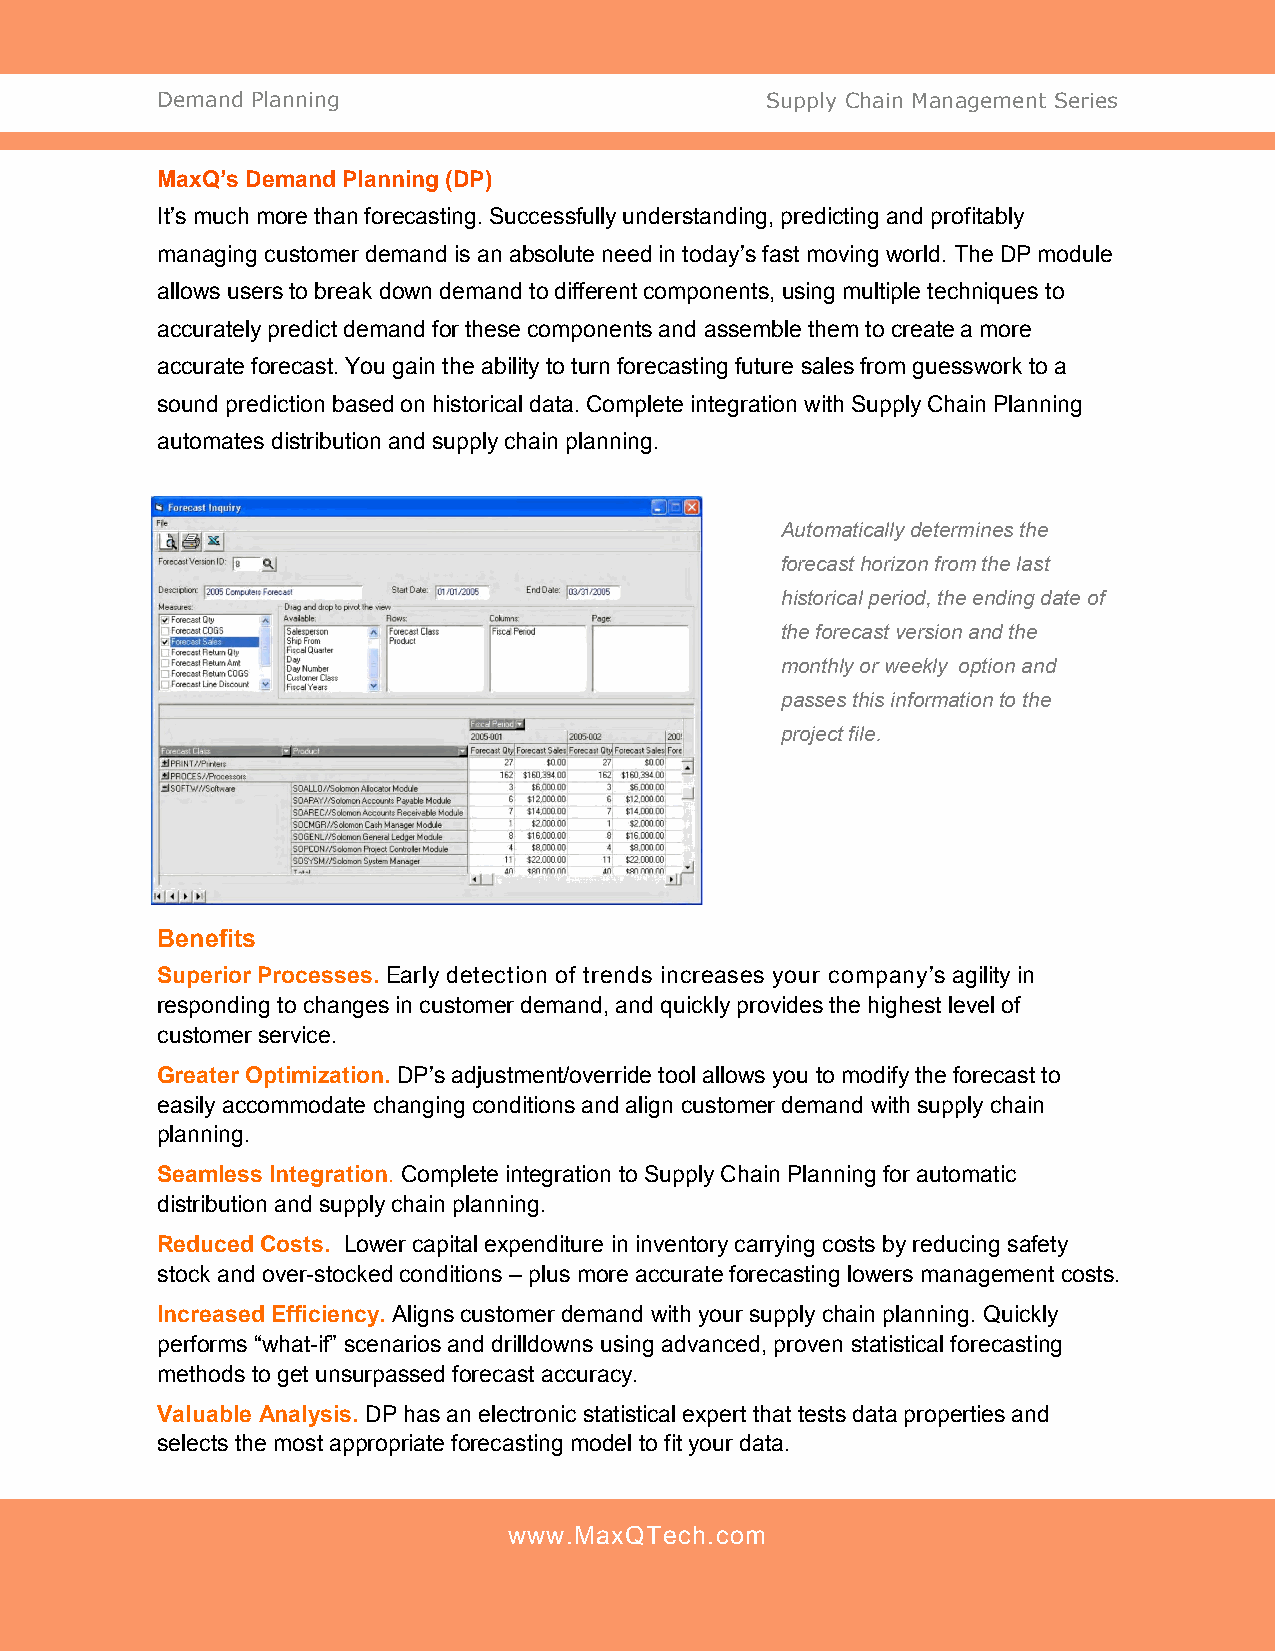
Demand Planning                          Supply Chain Management Series
 MaxQ’s Demand Planning (DP)
 It’s much more than forecasting. Successfully understanding, predicting and profitably
 managing customer demand is an absolute need in today’s fast moving world. The DP module
 allows users to break down demand to different components, using multiple techniques to
 accurately predict demand for these components and assemble them to create a more
 accurate forecast. You gain the ability to turn forecasting future sales from guesswork to a
 sound prediction based on historical data. Complete integration with Supply Chain Planning
 automates distribution and supply chain planning.
 Automatically determines the
 forecast horizon from the last
 historical period, the ending date of
 the forecast version and the
 monthly or weekly option and
 passes this information to the
 project file.
 Benefits
 Superior Processes. Early detection of trends increases your company’s agility in
 responding to changes in customer demand, and quickly provides the highest level of
 customer service.
 Greater Optimization. DP’s adjustment/override tool allows you to modify the forecast to
 easily accommodate changing conditions and align customer demand with supply chain
 planning.
 Seamless Integration. Complete integration to Supply Chain Planning for automatic
 distribution and supply chain planning.
 Reduced Costs. Lower capital expenditure in inventory carrying costs by reducing safety
 stock and over-stocked conditions – plus more accurate forecasting lowers management costs.
 Increased Efficiency. Aligns customer demand with your supply chain planning. Quickly
 performs “what-if” scenarios and drilldowns using advanced, proven statistical forecasting
 methods to get unsurpassed forecast accuracy.
 Valuable Analysis. DP has an electronic statistical expert that tests data properties and
 selects the most appropriate forecasting model to fit your data.
 www.MaxQTech.com